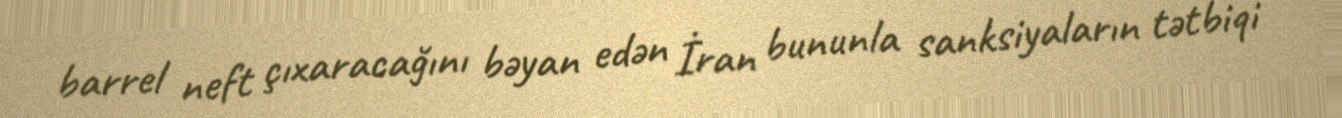
barrel neft çıxaracağını bəyan edən İran bununla sanksiyaların tətbiqi